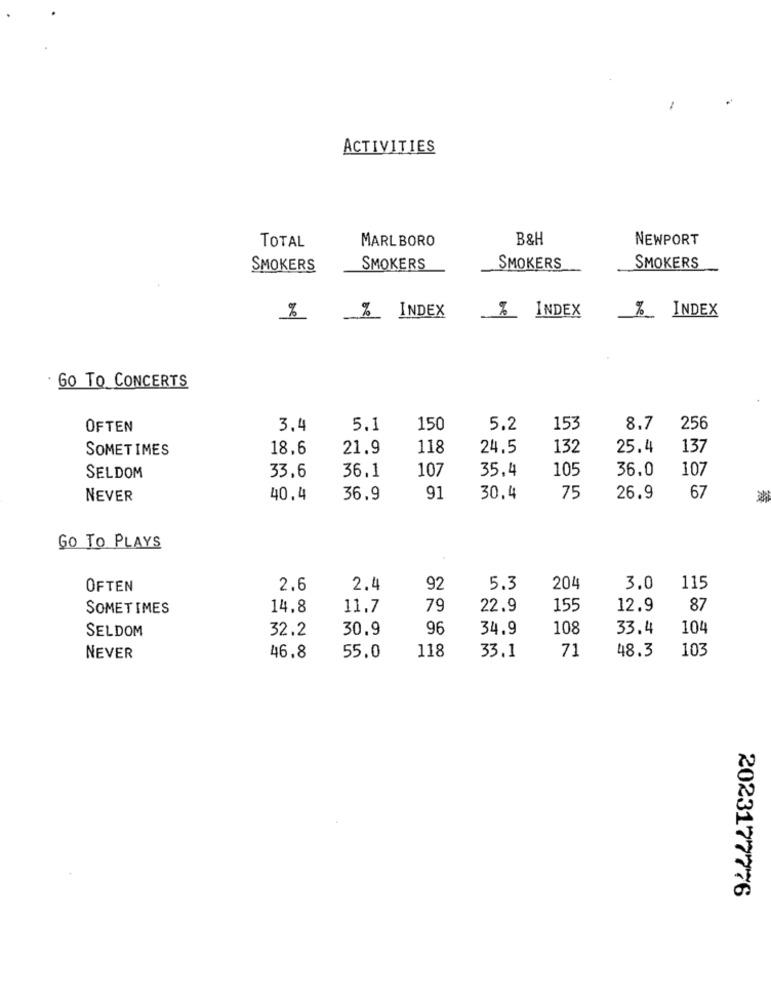
ACTIVITIES
MARLBORO
B&H
NEWPORT
TOTAL
SMOKERS
SMOKERS
SMOKERS
SMOKERS
% INDEX
% INDEX
%_ INDEX
: 60 To CONCERTS
OFTEN
3,4
5.1
150
5.2
153
8.7
256
SOMETIMES
18.6
21.9
118
24.5
132
25.4
137
36,1
107
35,4
105
36.0
107
SELDOM
33.6
NEVER
40.4
36.9
91
30.4
75
26.9
67
GO TO PLAYS
OFTEN
2.6
2.4
92
5.3
204
3.0
115
SOMETIMES
14.8
11.7
79
22.9
155
12.9
87
SELDOM
32.2
30.9
96
34,9
108
33.4
104
118
71
48.3
103
NEVER
46.8
55.0
33.1
2023177776